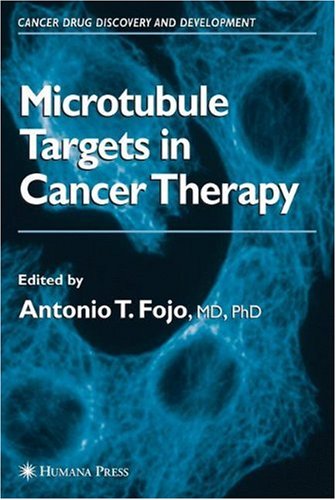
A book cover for The Role of Microtubules in Cell Biology, Neurobiology, and Oncology (Cancer Drug Discovery and Development); Medical Books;